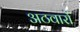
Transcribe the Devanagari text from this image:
अठवारों